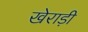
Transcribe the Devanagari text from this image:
खेराड़ी